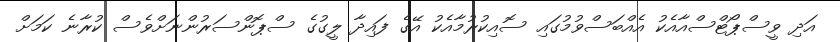
އަދި ވީސްޕޯޓްސްއާއެކު އެއްބަސްވުމުގައި ސޮއިކުރުމާއެކު އޭގެ ފައިދާ ލީގުގެ ސްޕޮންސަރުންނަށްވެސް ކުރާނެ ކަމަށް